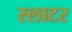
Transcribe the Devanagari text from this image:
स्लाटर